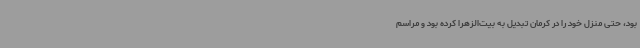
بود، حتی منزل خود را در کرمان تبدیل به بیت‌الزهرا کرده بود و مراسم